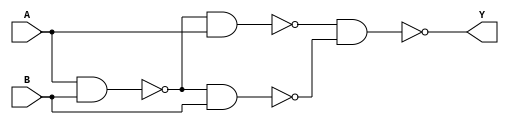
module XOR(Y,A,B);
	input A,B;
	output Y;
	wire a,b,c;
	nand(c,A,B);
	nand(a,c,A);
	nand(b,c,B);
	nand(Y,a,b);
endmodule